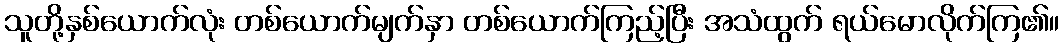
သူတို့နှစ်ယောက်လုံး တစ်ယောက်မျက်နှာ တစ်ယောက်ကြည့်ပြီး အသံထွက် ရယ်မောလိုက်ကြ၏။